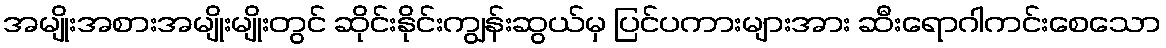
အမျိုးအစားအမျိုးမျိုးတွင် ဆိုင်းနိုင်းကျွန်းဆွယ်မှ ပြင်ပကားများအား ဆီးရောဂါကင်းစေသော